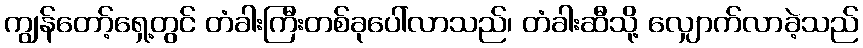
ကျွန်တော့်ရှေ့တွင် တံခါးကြီးတစ်ခုပေါ်လာသည်၊ တံခါးဆီသို့ လျှောက်လာခဲ့သည်